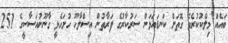
ބައެއް މިލްކުކުރެވޭ ގޮތަށް ކަނޑައަޅަން ސަރުކާރުގެ ފަރާތުން އިސްލާހު ހުށަހެޅީ ގާނޫނުއަަސާސީގެ 251